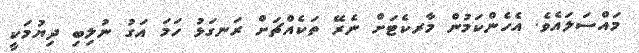
މައްސަލައެވެ. އެހެންކަމުން މާރކެޓަށް ނެރޭ ތަކެއްޗަށް ރަނގަޅު ހަމަ އަގު ނުލިބި ދިޔުމަކީ